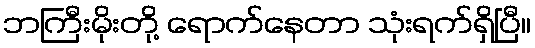
ဘကြီးမိုးတို့ ရောက်နေတာ သုံးရက်ရှိပြီ။